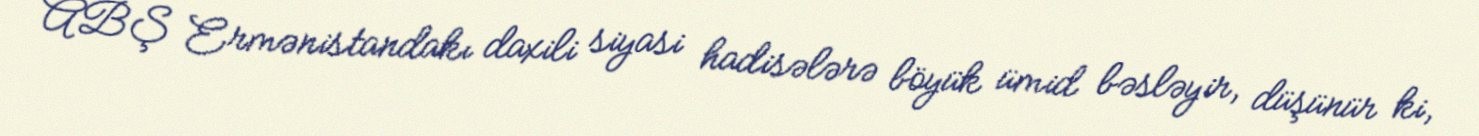
ABŞ Ermənistandakı daxili siyasi hadisələrə böyük ümid bəsləyir, düşünür ki,